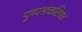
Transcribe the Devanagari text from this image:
पुष्पशकटिका